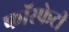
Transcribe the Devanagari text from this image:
फॉस्फेटी